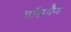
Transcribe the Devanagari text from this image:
मॉसमैन